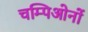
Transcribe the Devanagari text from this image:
चम्पिओनों